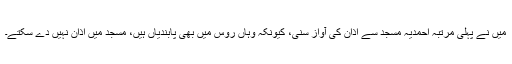
مَیں نے پہلی مرتبہ احمدیہ مسجد سے اذان کی آواز سنی، کیونکہ وہاں روس میں بھی پابندیاں ہیں، مسجد میں اذان نہیں دے سکتے۔